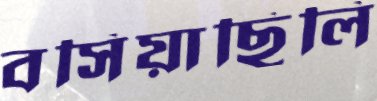
বসিয়াছিলি